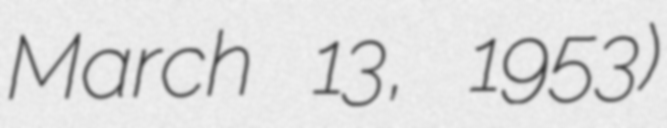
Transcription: March 13, 1953)